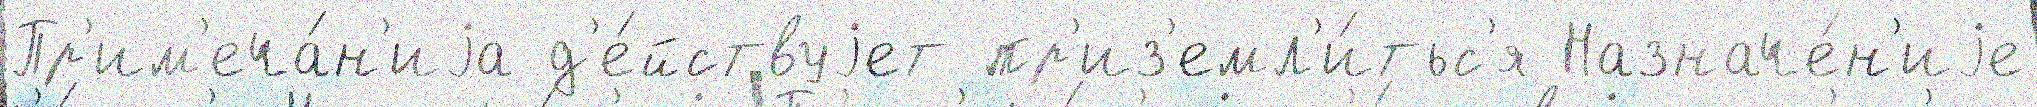
Пр'им'еча́н'иjа д'е́йствуjет пр'из'емл'и́тьс'я Назначе́н'иjе